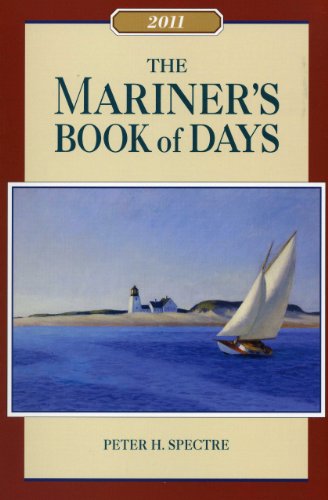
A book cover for Mariner's Book of Days 2011; Peter H. Spectre; Calendars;